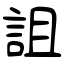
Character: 詛